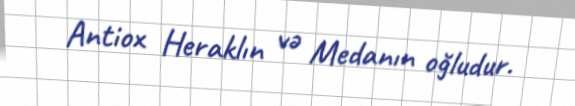
Antiox Heraklın və Medanın oğludur.